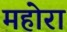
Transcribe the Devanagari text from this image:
महोरा